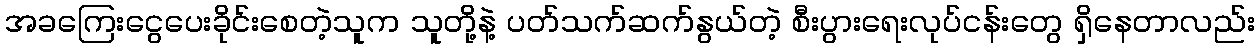
အခကြေးငွေပေးခိုင်းစေတဲ့သူက သူတို့နဲ့ ပတ်သက်ဆက်နွယ်တဲ့ စီးပွားရေးလုပ်ငန်းတွေ ရှိနေတာလည်း